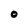
Character: O